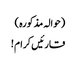
(حوالہ مذکورہ )
قارئیں کرام !